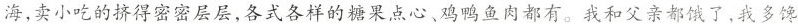
海，卖小吃的挤得密密层层，各式各样的糖果点心、鸡鸭鱼肉都有。我和父亲都饿了，我多馋